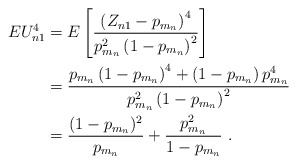
\begin{align*}EU_{n1}^4 &= E \left[\frac{\left(Z_{n1}-p_{m_n}\right)^4}{p_{m_n}^2\left(1-p_{m_n}\right)^2} \right] \\&= \frac{p_{m_n}\left(1-p_{m_n}\right)^4+\left(1-p_{m_n}\right) p_{m_n}^4} {p_{m_n}^2\left(1-p_{m_n}\right)^2} \\&= \frac{(1-p_{m_n})^2}{p_{m_n}}+\frac{p_{m_n}^2}{1-p_{m_n}} \ .\end{align*}